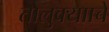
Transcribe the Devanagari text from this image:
तालुक्यााचे